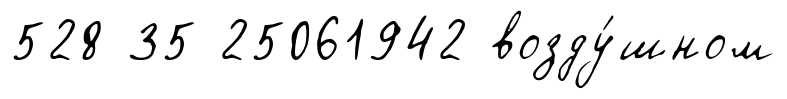
528 35 25061942 возду́шном